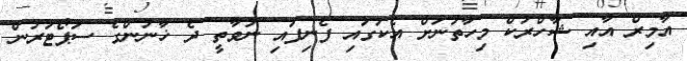
އާމިރް އާއި ޝާހްރުކް މިހާތަނަށް އެކުގައި ފެނިފައި ނުވާތީ ދެ ޚާނުންގެ ސަޕޯޓަރުން